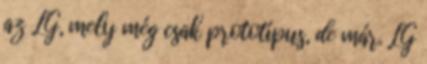
az LG, mely még csak prototípus, de már. LG